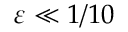
\varepsilon \ll 1 / 1 0